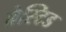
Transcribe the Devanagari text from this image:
ब्रेस्टिड